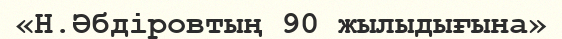
«Н.Әбдіровтың 90 жылыдығына»